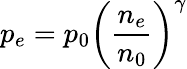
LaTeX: p_{e}=p_{0}\left(\frac{n_{e}}{n_{0}}\right)^{\gamma}